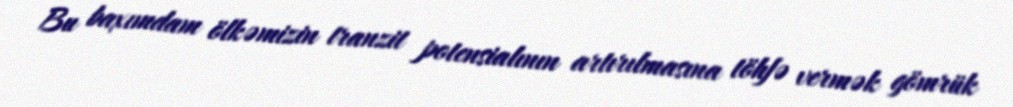
Bu baxımdam ölkəmizin tranzit potensialının artırılmasına töhfə vermək gömrük